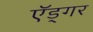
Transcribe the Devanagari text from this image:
ऍड्गर